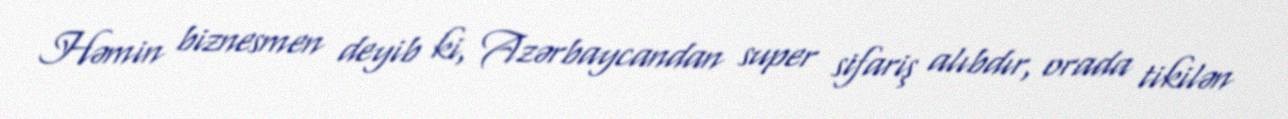
Həmin biznesmen deyib ki, Azərbaycandan super sifariş alıbdır, orada tikilən